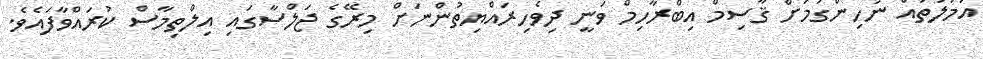
އަމަލުތައް ނުހިންގުމަށް ޤާސިމް އިބްރާހިމް ވަނީ ދިވެހިރައްޔިތުންނަށް މިރޭގެ ޖަލްސާގައި އިލްތިމާސް ކުރައްވާފައެވެ.